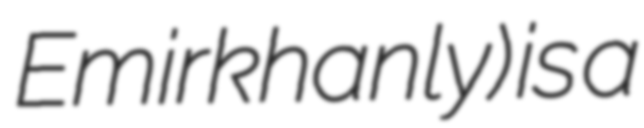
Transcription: Emirkhanly) is a